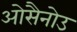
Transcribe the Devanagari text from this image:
ओसैनोउ